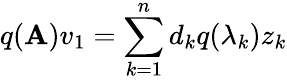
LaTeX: q(\mathbf{A})v_{1}=\sum_{k=1}^{n}d_{k}q(\lambda_{k})z_{k}